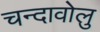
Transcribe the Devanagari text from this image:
चन्दावोलु